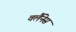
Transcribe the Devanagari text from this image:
वर्लैनेस